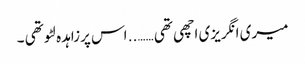
میری انگریزی اچھی تھی …….. اس پرزاہدہ لٹو تھی ۔